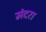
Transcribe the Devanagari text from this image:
मंदरा